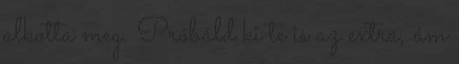
alkotta meg. Próbáld ki te is az extra, ám